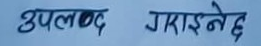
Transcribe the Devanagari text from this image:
उपलब्ध गराइनेछ